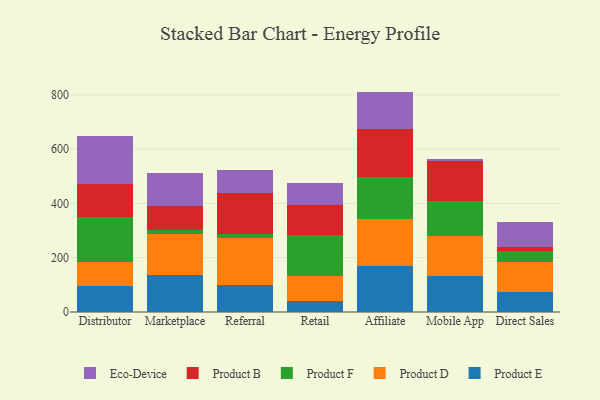
{"axis": {"x": "Channel", "y": "Tickets Resolved"}, "legend": ["Eco-Device", "Product B", "Product D", "Product E", "Product F"], "data": [{"x": "Distributor", "y": 97.1, "type": "Product E"}, {"x": "Distributor", "y": 87.1, "type": "Product D"}, {"x": "Distributor", "y": 164.1, "type": "Product F"}, {"x": "Distributor", "y": 123.4, "type": "Product B"}, {"x": "Distributor", "y": 176.2, "type": "Eco-Device"}, {"x": "Marketplace", "y": 136.2, "type": "Product E"}, {"x": "Marketplace", "y": 149.8, "type": "Product D"}, {"x": "Marketplace", "y": 16.1, "type": "Product F"}, {"x": "Marketplace", "y": 90.1, "type": "Product B"}, {"x": "Marketplace", "y": 119.0, "type": "Eco-Device"}, {"x": "Referral", "y": 100.1, "type": "Product E"}, {"x": "Referral", "y": 173.5, "type": "Product D"}, {"x": "Referral", "y": 13.7, "type": "Product F"}, {"x": "Referral", "y": 149.6, "type": "Product B"}, {"x": "Referral", "y": 87.2, "type": "Eco-Device"}, {"x": "Retail", "y": 40.1, "type": "Product E"}, {"x": "Retail", "y": 92.9, "type": "Product D"}, {"x": "Retail", "y": 150.9, "type": "Product F"}, {"x": "Retail", "y": 110.5, "type": "Product B"}, {"x": "Retail", "y": 80.4, "type": "Eco-Device"}, {"x": "Affiliate", "y": 169.1, "type": "Product E"}, {"x": "Affiliate", "y": 174.4, "type": "Product D"}, {"x": "Affiliate", "y": 155.6, "type": "Product F"}, {"x": "Affiliate", "y": 176.2, "type": "Product B"}, {"x": "Affiliate", "y": 136.5, "type": "Eco-Device"}, {"x": "Mobile App", "y": 131.7, "type": "Product E"}, {"x": "Mobile App", "y": 149.8, "type": "Product D"}, {"x": "Mobile App", "y": 125.8, "type": "Product F"}, {"x": "Mobile App", "y": 147.6, "type": "Product B"}, {"x": "Mobile App", "y": 7.3, "type": "Eco-Device"}, {"x": "Direct Sales", "y": 75.1, "type": "Product E"}, {"x": "Direct Sales", "y": 107.8, "type": "Product D"}, {"x": "Direct Sales", "y": 40.3, "type": "Product F"}, {"x": "Direct Sales", "y": 14.4, "type": "Product B"}, {"x": "Direct Sales", "y": 93.9, "type": "Eco-Device"}]}